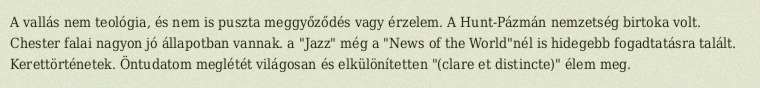
A vallás nem teológia, és nem is puszta meggyőződés vagy érzelem. A Hunt-Pázmán nemzetség birtoka volt. Chester falai nagyon jó állapotban vannak. a "Jazz" még a "News of the World"nél is hidegebb fogadtatásra talált. Kerettörténetek. Öntudatom meglétét világosan és elkülönítetten "(clare et distincte)" élem meg.